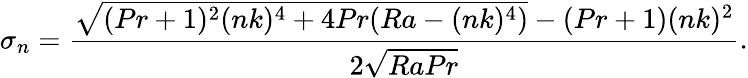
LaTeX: \sigma_{n}=\frac{\sqrt{(Pr+1)^{2}(nk)^{4}+4Pr(Ra-(nk)^{4})}-(Pr+1)(nk)^{2}}{2\sqrt{RaPr}}.